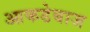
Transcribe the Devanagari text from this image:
आकडेबाज